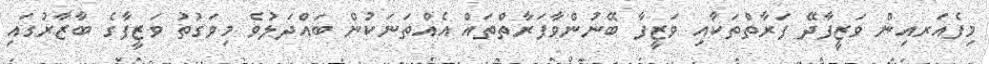
މިފެއަރއިން ވަޒީފާދޭ ފަރާތްތަކާއި ވަޒީފާ ބޭނުންވާފަރާތްތައް އެއްތަނަކުން ބައްދަލުވެ މިވަގުތު ވަޒީފާގެ ބާޒާރުގައި